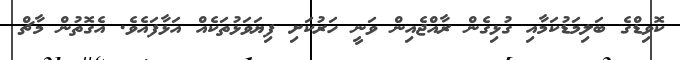
ކޮވިޑްގެ ބަލިމަޑުކަމާއި ގުޅިގެން ރާއްޖެއިން ވަނީ ހަރުކަށި ފިޔަވަޅުތަކެއް އަޅާފައެވެ. އެގޮތުން މާޗް